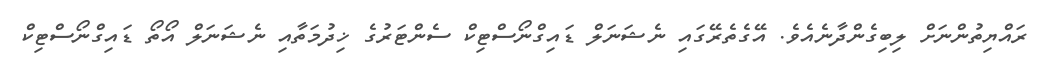
ރައްޔިތުންނަށް ލިބިގެންދާނެއެވެ. އޭގެތެރޭގައި ނެޝަނަލް ޑައިގްނޯސްޓިކް ސެންޓަރުގެ ޚިދުމަތާއި ނެޝަނަލް އޯތޯ ޑައިގްނޯސްޓިކް